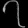
Digit: ၇